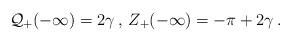
LaTeX: \begin{align*}{\cal Q}_{+}(-\infty )=2\gamma \: ,\, Z_{+}(-\infty )=-\pi +2\gamma \: .\end{align*}